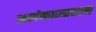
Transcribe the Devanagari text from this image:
अलंकारप्रधान